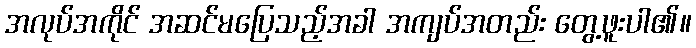
အလုပ်အကိုင် အဆင်မပြေသည့်အခါ အကျပ်အတည်း တွေ့ဖူးပါ၏။